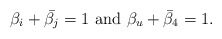
\begin{align*}\beta_i + \bar{\beta_j} = 1 \,\, {\rm and }\,\, \beta_u + \bar{\beta}_4=1.\end{align*}